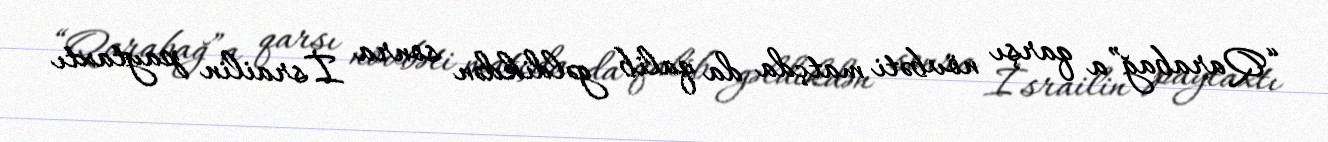
“Qarabağ”a qarşı növbəti matçda da qalib gəldikdən sonra İsrailin paytaxtı